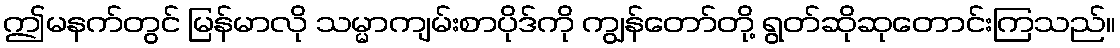
ဤမနက်တွင် မြန်မာလို သမ္မာကျမ်းစာပိုဒ်ကို ကျွန်တော်တို့ ရွတ်ဆိုဆုတောင်းကြသည်။